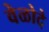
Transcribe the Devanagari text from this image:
वेळोदे